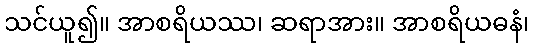
သင်ယူ၍။ အာစရိယဿ၊ ဆရာအား။ အာစရိယဓနံ၊